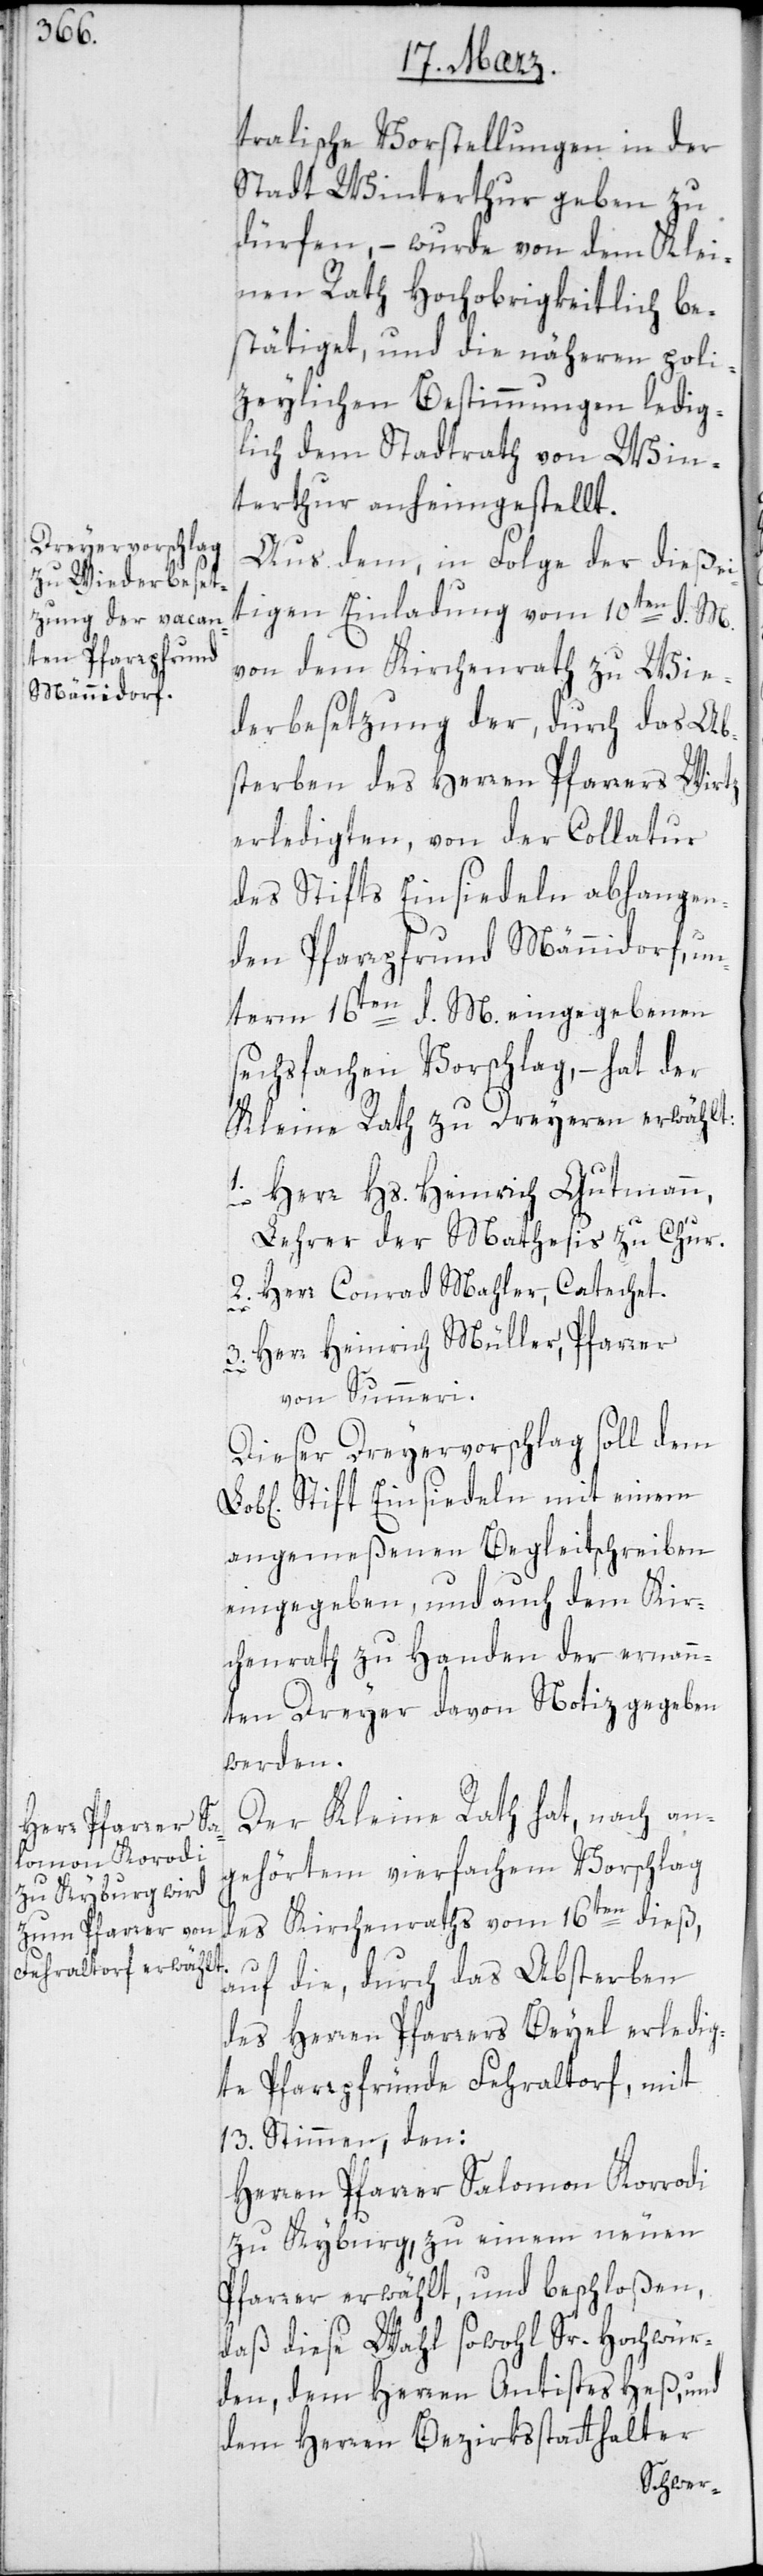
tralische Vorstellungen in der
Stadt Winterthur geben zu
dürfen, – wurde von dem Klei¬
nen Rath Hochobrigkeitlich be¬
stätiget, und die näheren poli¬
zeylichen Bestimmungen ledig¬
lich dem Stadtrath von Win¬
terthur anheimgestellt.
Aus dem, in Folge der dießei¬
von dem Kirchenrath zu Wie¬
derbesetzung der, durch das Ab¬
sterben des Herren Pfarrers Wirz
erledigten, von der Collatur
des Stifts Einsiedeln abhangen¬
den Pfarrpfrund Männidorf, un¬
term 16ten d. M. eingegebenen
sechsfachen Vorschlag, – hat der
Kleine Rath zu Dreyeren erwählt:
1. Herr Hs. Heinrich Gutmann,
Lehrer der Mathesis zu Chur.
2. Herr Conrad Mahler, Catechet.
M.
3. Herr Heinrich Müller, Pfarrer
von Summeri.
Dieser Dreyervorschlag soll dem
Stift Einsiedeln mit einem
angemeßenen Begleitschreiben
eingegeben, und auch dem Kir¬
chenrath zu Handen der ernann¬
ten Dreyer davon Notiz gegeben
werden.
Der Kleine Rath hat, nach an¬
gehörtem vierfachen Vorschlag
des Kirchenraths vom 16ten dieß,
auf die durch das Absterben
des Herren Pfarrers Beyel erledig¬
te Pfarrpfründe Fehraltorf, mit
13. Stimmen, den:
Herren Pfarrer Salomon Korrodi
zu Kyburg, zu einem neuen
Pfarrer erwählt und beschloßen,
daß diese Wahl sowohl Sr. Hochwür¬
den, dem Herren Antistes Heß, und
dem Herren Bezirksstatthalter